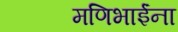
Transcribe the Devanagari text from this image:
मणिभाईंना